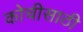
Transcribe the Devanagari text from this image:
कोचीसाठी